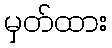
မှတ်ထား